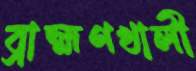
ব্রাহ্মণখালী